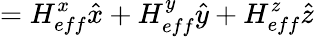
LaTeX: =H_{eff}^{x}\hat{x}+H_{eff}^{y}\hat{y}+H_{eff}^{z}\hat{z}